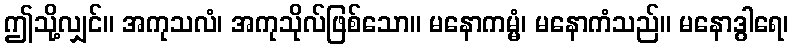
ဤသို့လျှင်။ အကုသလံ၊ အကုသိုလ်ဖြစ်သော။ မနောကမ္မံ၊ မနောကံသည်။ မနောဒွါရေ၊